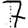
Digit: 7